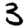
Digit: 3